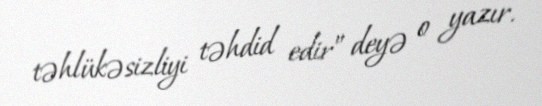
təhlükəsizliyi təhdid edir” deyə o yazır.